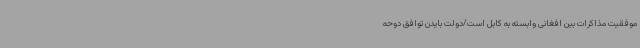
موفقیت مذاکرات بین افغانی وابسته به کابل است/دولت بایدن توافق دوحه